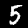
Digit: 5